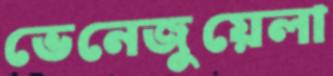
ভেনেজুয়েলা